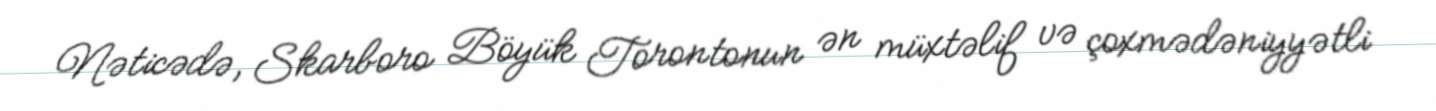
Nəticədə, Skarboro Böyük Torontonun ən müxtəlif və çoxmədəniyyətli